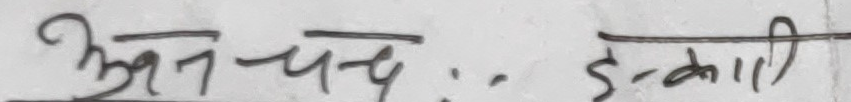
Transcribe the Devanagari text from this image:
उन चंद : इंकाली